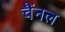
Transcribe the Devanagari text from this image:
चैंनल